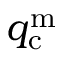
q _ { \mathrm { c } } ^ { \mathrm { m } }